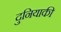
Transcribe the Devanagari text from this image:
दुनियाकी